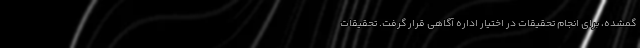
گمشده، برای انجام تحقیقات در اختیار اداره آگاهی قرار گرفت. تحقیقات